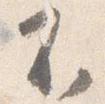
不